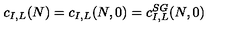
c _ { I , L } ( N ) = c _ { I , L } ( N , 0 ) = c _ { I , L } ^ { S G } ( N , 0 )